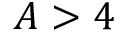
A > 4